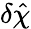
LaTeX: \delta\hat{\chi}